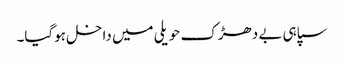
سپاہی بے دھڑک حویلی میں داخل ہوگیا۔